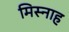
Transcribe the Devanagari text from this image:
मिस्नाह